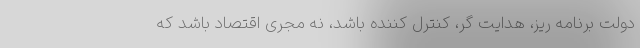
دولت برنامه ریز، هدایت گر، کنترل کننده باشد، نه مجری اقتصاد باشد که